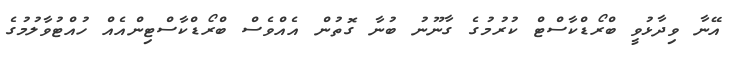
އޭނާ ވިދާޅުވީ ބްރޯޑްކާސްޓް ކުރުމުގެ ގާނޫނު ބުނާ ގޮތުން އެއްވެސް ބްރޯޑްކާސްޓިންއެއް ހުއްޓުވާލުމުގެ